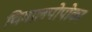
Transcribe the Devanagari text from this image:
चिमालपोपोका